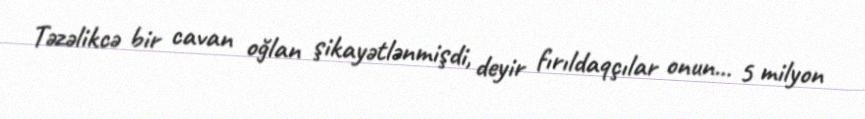
Təzəlikcə bir cavan oğlan şikayətlənmişdi, deyir fırıldaqçılar onun... 5 milyon